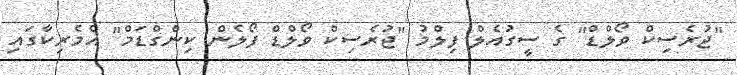
"ޖުރެސިކް ވޯލްޑް" ގެ ސީގުއެލް ފިލްމު "ޖުރެސިކް ވޯލްޑް ފޯލެން ކިންގްޑަމް" އެމެރިކާގައި